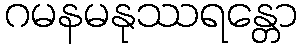
ဂမနမနုဿရန္တော